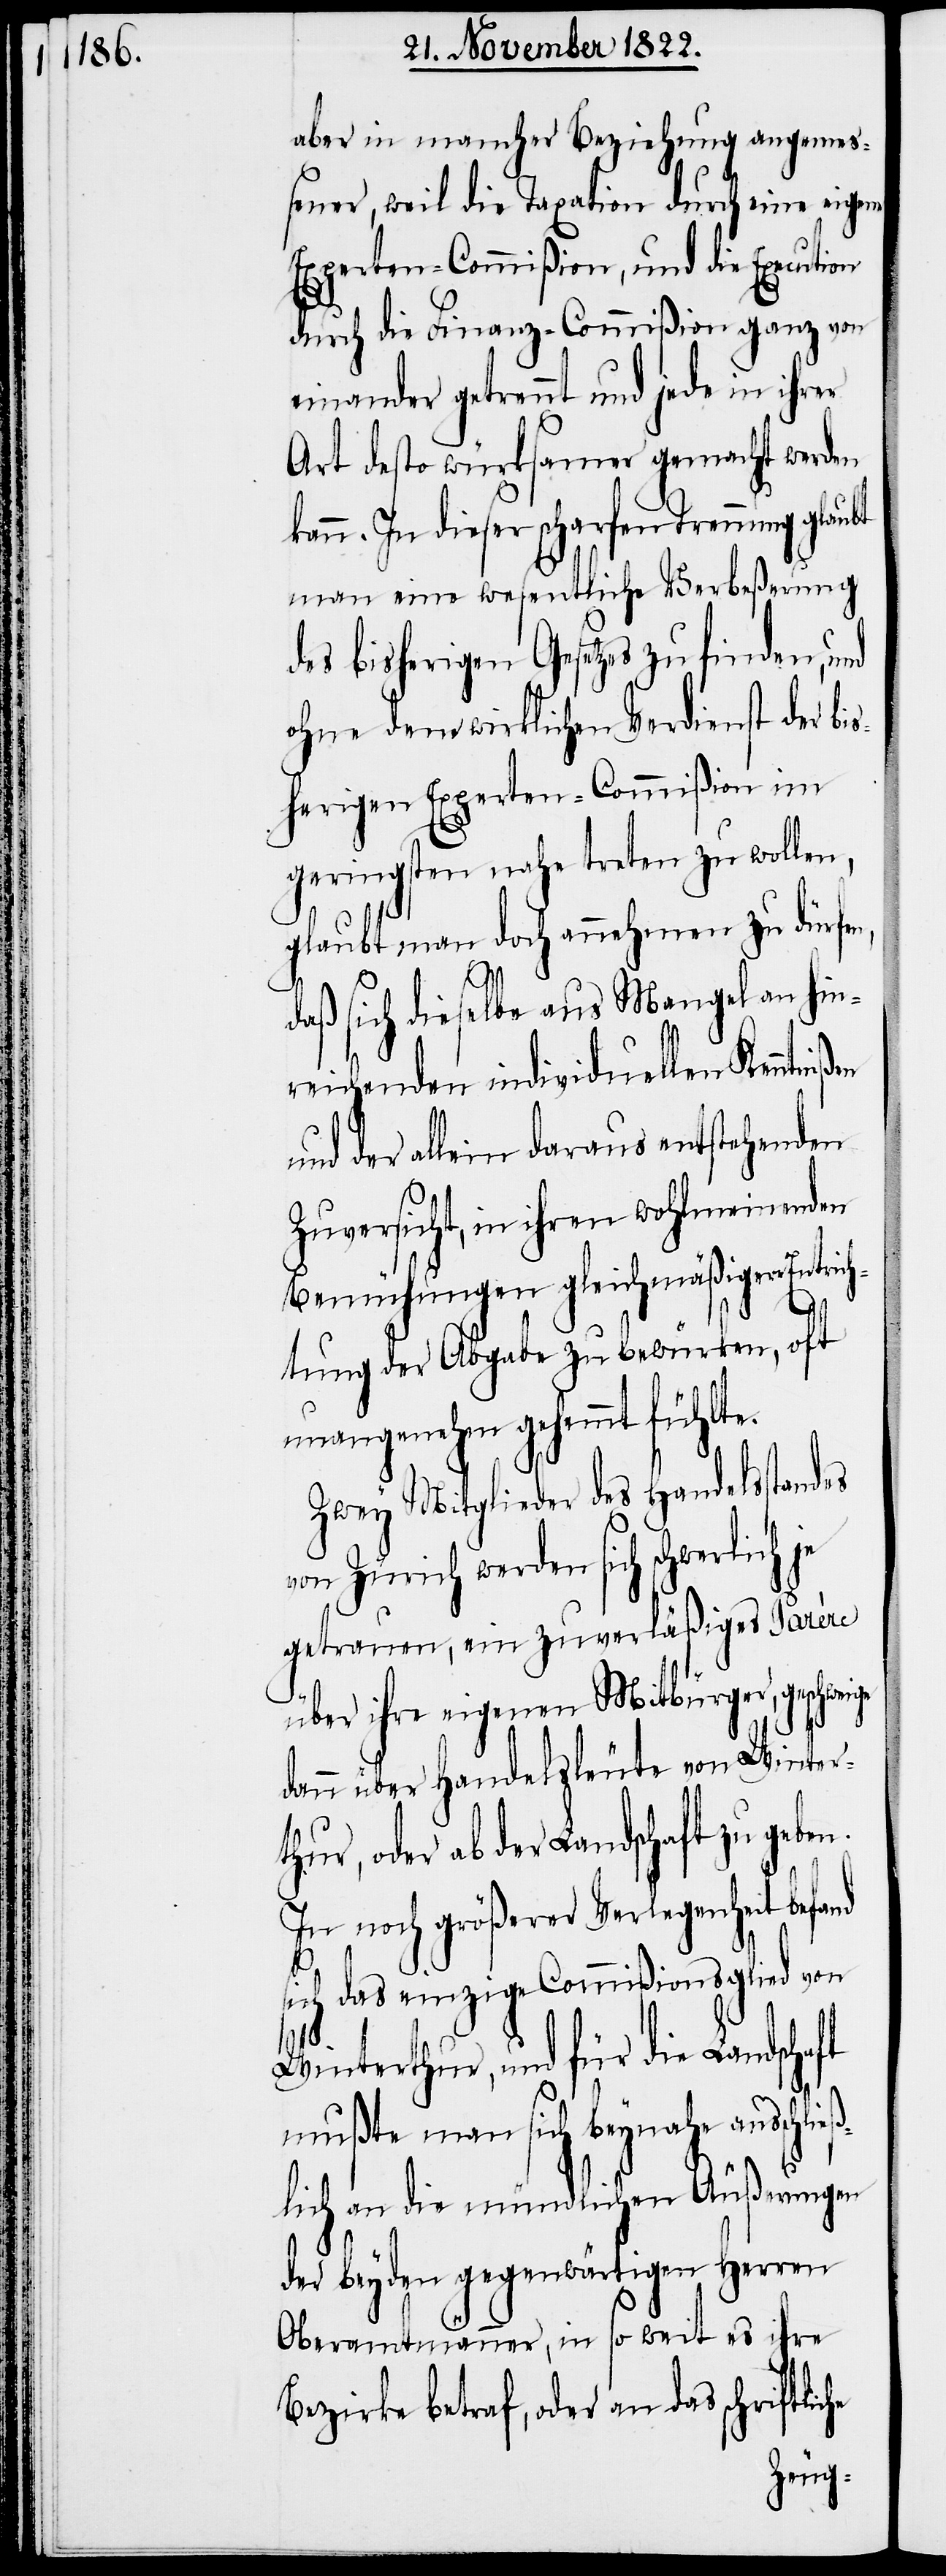
aber in mancher Beziehung angemeß¬
ener, weil die Taxation durch eine eigene
Experten-Commißion, und die Execution
durch die Finanz-Commißion ganz von
einander getrennt und jede in ihrer
Art desto würksamer gemacht werden
kann. In dieser scharfen Trennung glaubt
man eine wesentliche Verbeßerung
des bisherigen Gesetzes zu finden,
ohne dem wirklichen Verdienst der bis¬
herigen Experten-Commißion im
geringsten nahe treten zu wolle¬
glaubt man doch annehmen zu dürfen,
daß sich dieselbe aus Mangel an hin¬
reichenden individuellen Kenntniß¬
und der allein daraus entstehenden
Zuversicht, in ihren wohlmeinenden
Bemühungen gleichmäßigen Entrich¬
en.
tung der Abgabe zu bewürken, oft
unangenehm gehemmt fühlte.
Zwey Mitglieder des Handelsstandes
von Zürich werden sich schwerlich je
getrauen, ein zuverläßiges Parére
über ihre eigenen Mitbürger, gesch¬
dann über Handelsleute von Wintert¬
hur, oder ab der Landschaft zu geb¬
In noch größerer Verlegenheit befand
ich das einzige Commißionsglied von
Winterthur, und für die Landschaft
mußte man sich beynahe ausschließ¬
he
lich an die mündlichen Äußerungen
der beyden gegenwärtigen Herren
Oberamtmänner, in so weit es ihre
Bezirke betraf, oder an das schriftlic¬
weige